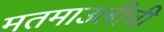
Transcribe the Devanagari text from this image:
मतमाउलीची